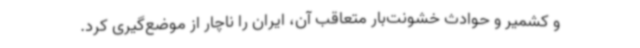
و کشمیر و حوادث خشونت‌بار متعاقب آن، ایران را ناچار از موضع‌گیری کرد.